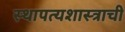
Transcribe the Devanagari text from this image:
स्थापत्यशास्त्राची